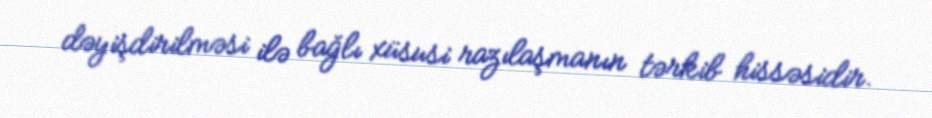
dəyişdirilməsi ilə bağlı xüsusi razılaşmanın tərkib hissəsidir.